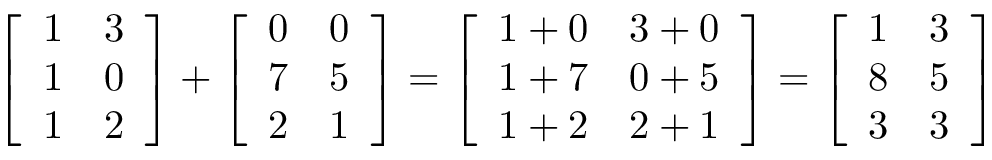
{ \left[ \begin{array} { l l } { 1 } & { 3 } \\ { 1 } & { 0 } \\ { 1 } & { 2 } \end{array} \right] } + { \left[ \begin{array} { l l } { 0 } & { 0 } \\ { 7 } & { 5 } \\ { 2 } & { 1 } \end{array} \right] } = { \left[ \begin{array} { l l } { 1 + 0 } & { 3 + 0 } \\ { 1 + 7 } & { 0 + 5 } \\ { 1 + 2 } & { 2 + 1 } \end{array} \right] } = { \left[ \begin{array} { l l } { 1 } & { 3 } \\ { 8 } & { 5 } \\ { 3 } & { 3 } \end{array} \right] }